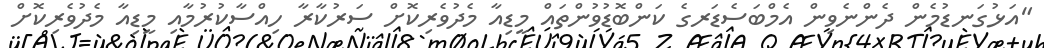
"އަޅުގަނޑުމެން ދެންނެވިން އެމްބަސެޑަރގެ ކަންބޮޑުވުންތައް މީޑިއާ މެދުވެރިކޮށް ސަރުކާރާ ހިއްސާކުރުމާއި މީޑިއާ މެދުވެރިކޮށް